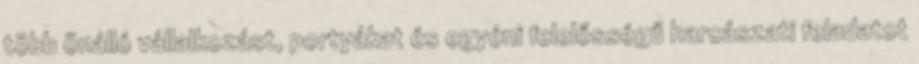
több önálló vállalkozást, portyákat és egyéni felelősségű harcászati feladatot